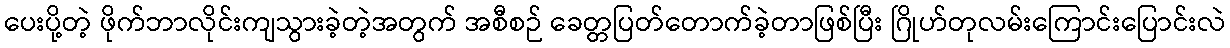
ပေးပို့တဲ့ ဖိုက်ဘာလိုင်းကျသွားခဲ့တဲ့အတွက် အစီစဉ် ခေတ္တပြတ်တောက်ခဲ့တာဖြစ်ပြီး ဂြိုဟ်တုလမ်းကြောင်းပြောင်းလဲ